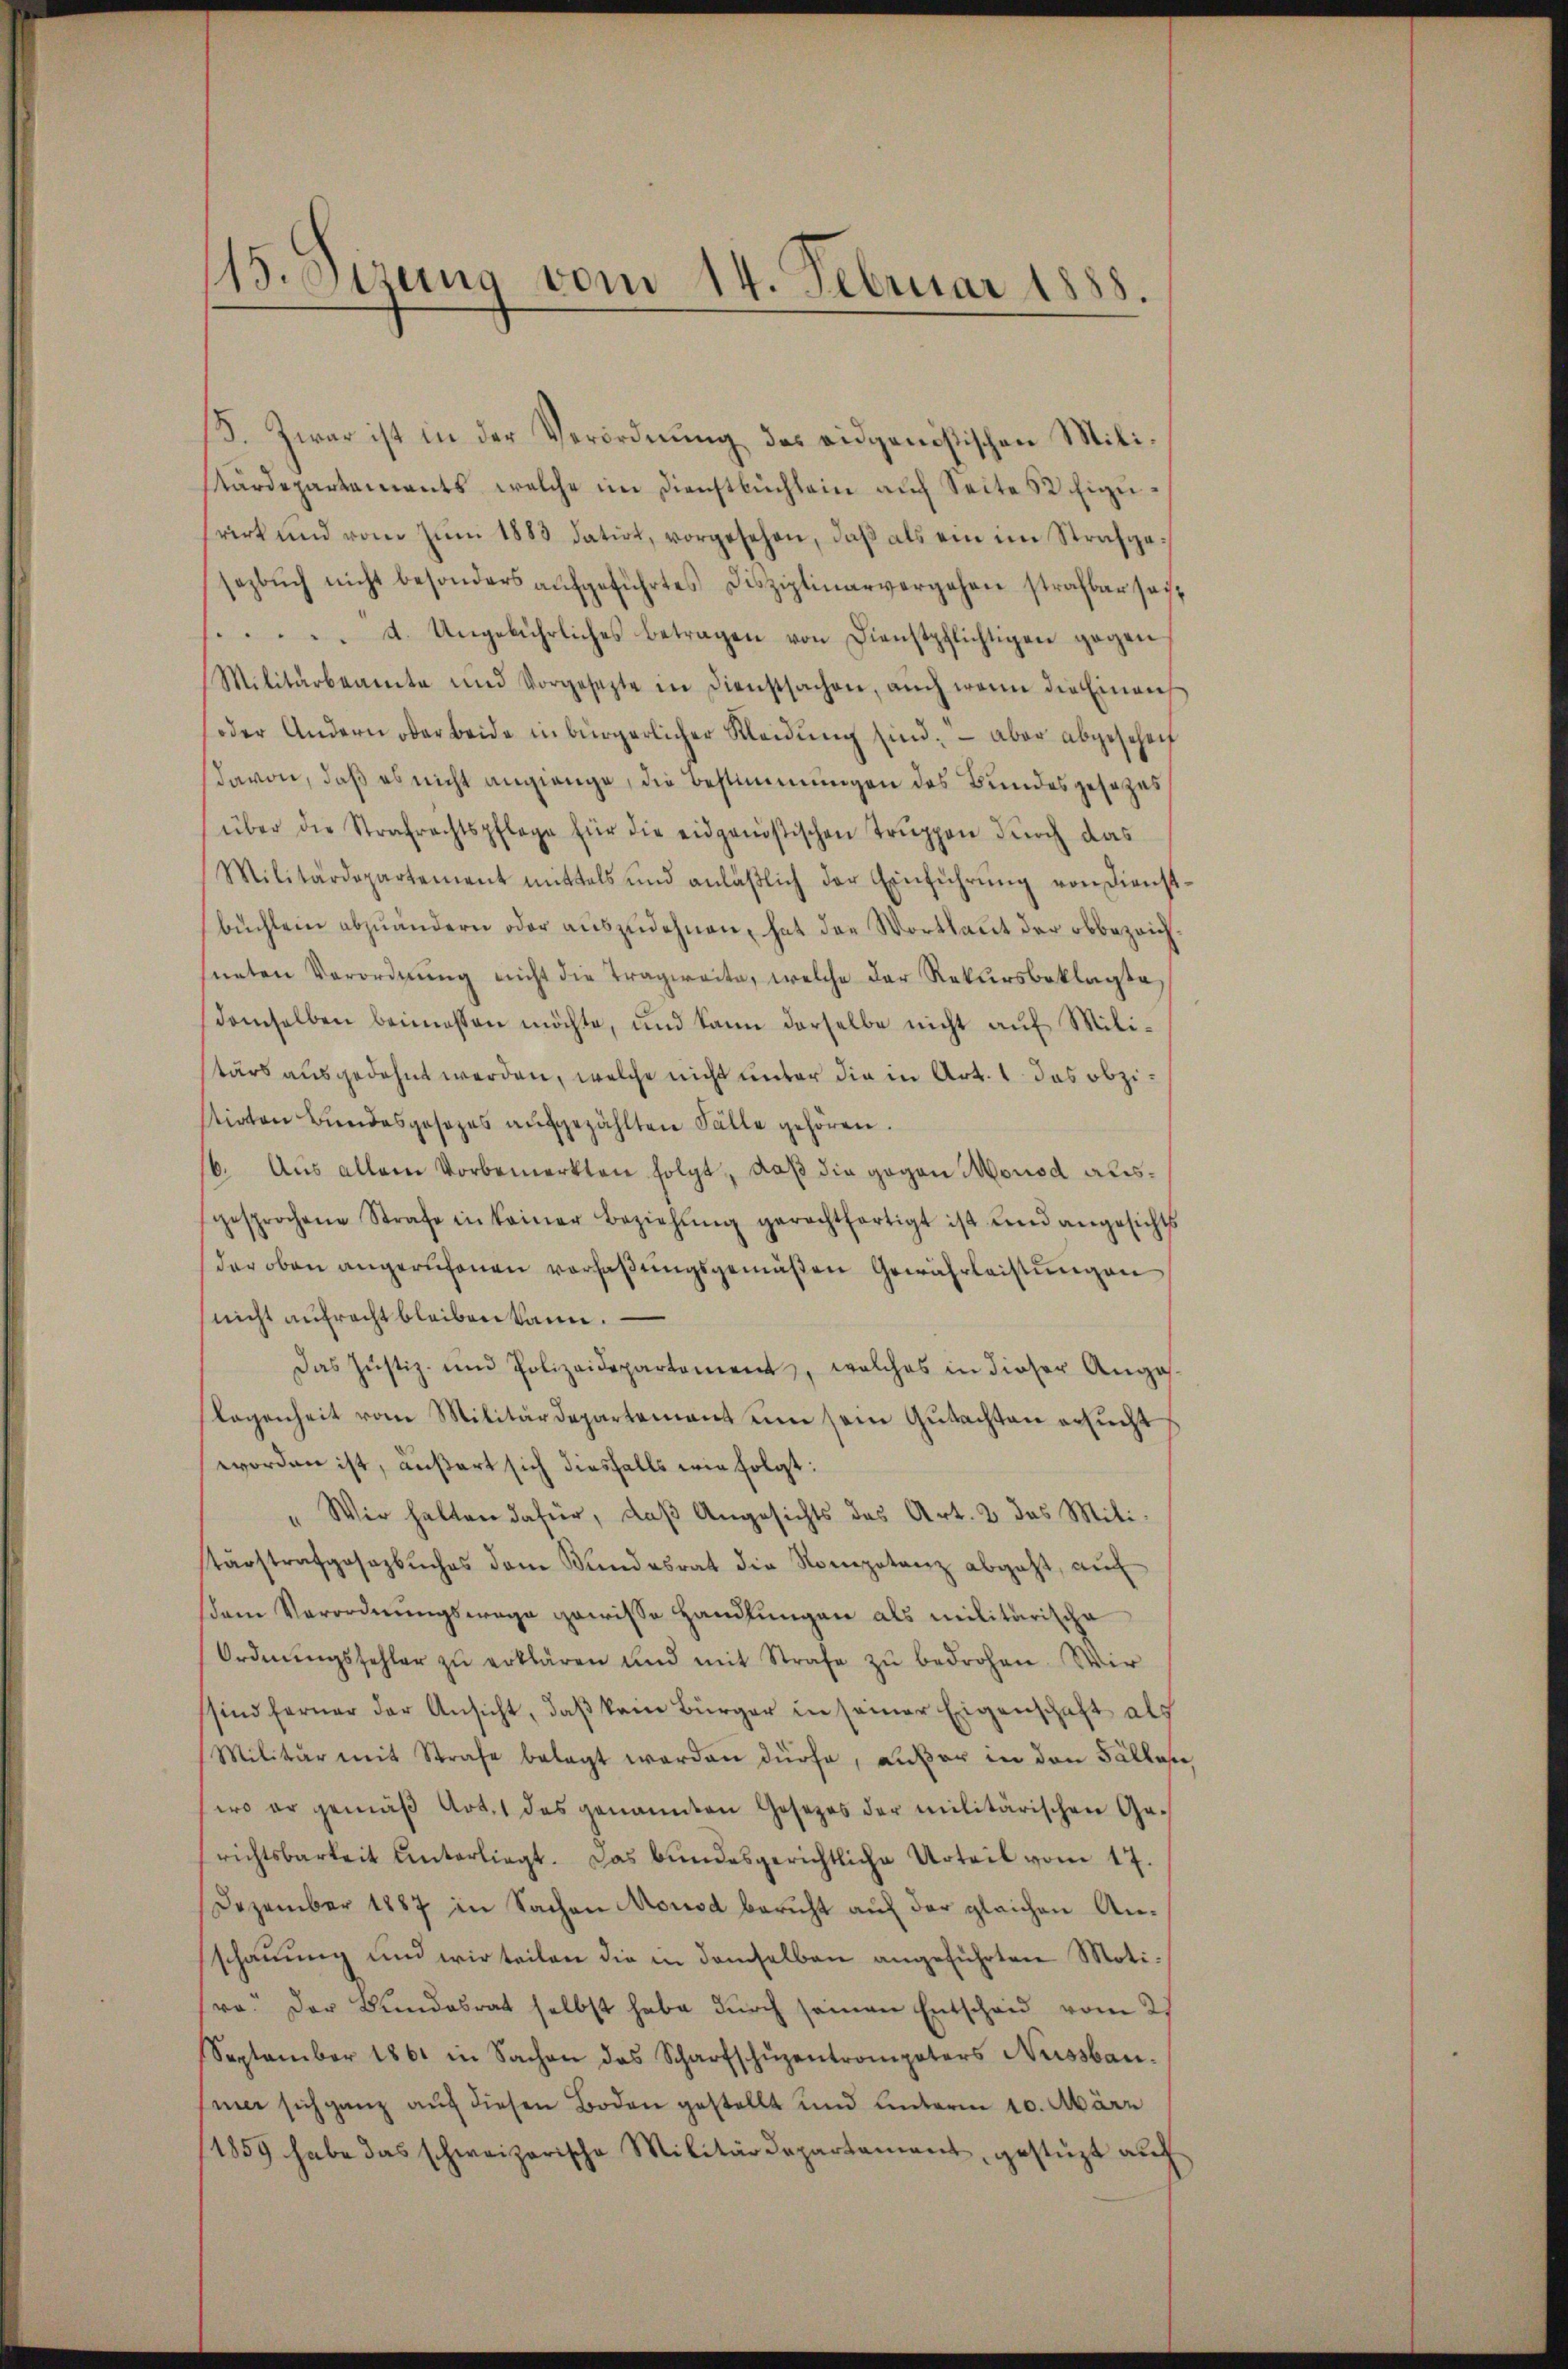
115. Verung vom 14. Februar 1888.

F. Zwar ist in der Verordnung des eidgenößischen Militärdepartements, welche im Dienstbüchlein auf Seite 8 Eigurirt und vom zŭm 1883 datirt, vorgesehen, daβ als ein im Strafgesezbŭch nicht besonders aŭfgeführtes Disziplinarvergehen strafbar seit
1..... A. Ungebührliches betragen von Dienstpflichtigen gegen
Militärbeamte und Vorgesezte in Dienstsachen, aŭch wenn die Einaŭf
soder Andern oder beide in bürgerlicher Kleidŭng sind. - aber abgesehen
davon, daß es nicht angange, die Bestimmungen des Bundesgesezes
über die Strafrechtspflege für die eidgenössischen Truppen durch das
Militärdepartement mittels und anläβlich der Einführung von Dienst
büchlein abzuändern oder auszudehnen, hat das Wortlaut der obbezeich
sneten Verordnung nicht die Tragweite, welche der Rekursbeklagte,
demselben beimessen möchte, und kann derselbe nicht auf Militärs ausgedehnt werden, welche nicht unter die in Art. 1 das obzitirten Bundesgesezes aŭfgezählten Fälle gehören.
16. Aus allem Vorbemerkten folgt, daß die gegen Monod ausgesprochene Strafe in keiner Beziehŭng gerechtfertigt ist und angesichts
der oben angerufenen verfaßungsgemäßen Gewährleistungen
nicht aufrecht bleiben kann.
Das Justiz- und Polizeidepartement, welches in dieser Anga
legenheit vom Militärdepartement um sein Gutachten ersucht
worden ist, äußert sich diesfalls wie folgt:
" Wir halten dafür, daβ Angesichts das Art. 2 das Mili-
tärstrafgesezbŭches dem Bundesrat die Kompetenz abgeht, aŭf
sdem Verordnungswage gewisse Handlungen als militärische
Ordnŭngsfehler zŭ erklären und mit Strafe zŭ bedrohen. Wir
sind ferner der Ansicht, daß kein Bürger in seiner Eigenschaft als
Militär mit Strafe belegt werden dürfe, außer in den Falles
wo er gemäβ Art. 1 des genannten Gesetzes der militärischen Ge-
richtsbarkeit unterliegt. Das bundesgerichtliche Urteil vom 17.
Dezember 1887 in Sachen Mousd bericht auf der gleichen Anschauung und wir teilen die in demselben angeführten Moti-
ra. Der Bundesrat selbst habe durch seinen Entscheid vom 21
September 1861 in Sachen das Scharfschüzentrompeters Nussbau.
hier sich ganz auf diesen Boden gestellt und unterm 10. Mair
1859 habe das schweizerische Militärdepartement, gestüzt auf